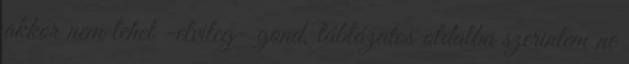
akkor nem lehet -elvileg- gond, táblázatos oldalba szerintem ne